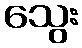
သွေး